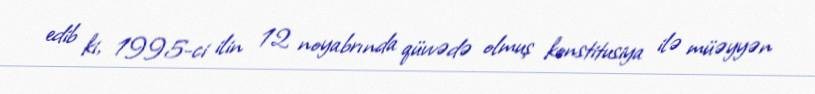
edib ki, 1995-ci ilin 12 noyabrında qüvvədə olmuş konstitusiya ilə müəyyən